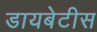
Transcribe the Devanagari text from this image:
डायबेटीस